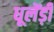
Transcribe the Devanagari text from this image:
धूलेंड़ी